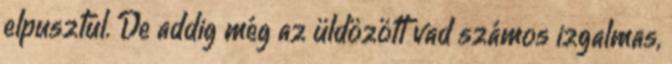
elpusztul. De addig még az üldözött vad számos izgalmas,